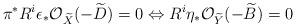
LaTeX: \begin{align*}\pi^{*} R^{i}\epsilon_{*} \mathcal{O}_{\widetilde{X}}(-\widetilde{D}) = 0\Leftrightarrow R^{i}\eta_{*} \mathcal{O}_{\widetilde{Y}}(-\widetilde{B}) = 0\end{align*}